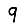
Digit: 9